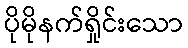
ပိုမိုနက်ရှိုင်းသော